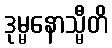
ဒုမ္မနောသ္မီတိ